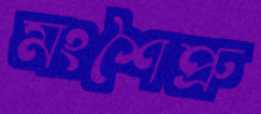
মংশৈপ্রু